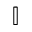
\mathbb { I }